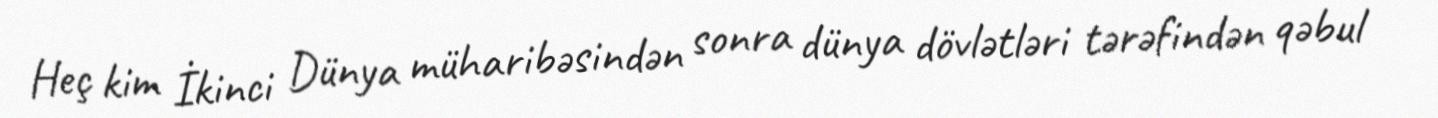
Heç kim İkinci Dünya müharibəsindən sonra dünya dövlətləri tərəfindən qəbul